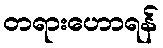
တရားဟောရန်